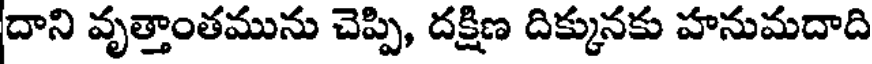
దాని వృత్తాంతమును చెప్పి, దక్షిణ దిక్కునకు హనుమదాది